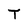
Character: T